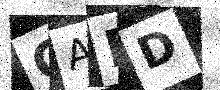
Text: CABD